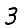
Digit: 3